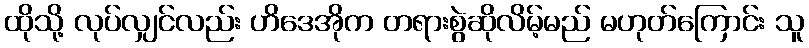
ထိုသို့ လုပ်လျှင်လည်း ဟိဒေအိုက တရားစွဲဆိုလိမ့်မည် မဟုတ်ကြောင်း သူ